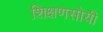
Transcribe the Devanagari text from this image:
शिक्षणसोयी